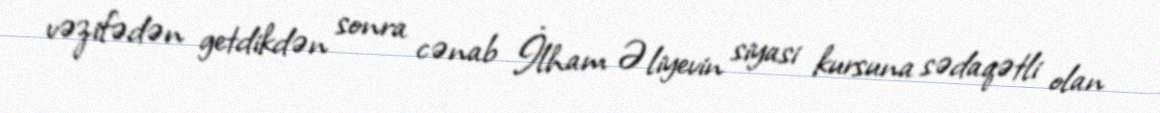
vəzifədən getdikdən sonra cənab İlham Əliyevin siyasi kursuna sədaqətli olan